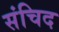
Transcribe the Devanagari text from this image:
संचिद